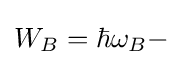
W_{B}=\hbar \omega _{B}-\